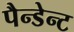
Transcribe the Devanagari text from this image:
पैन्डेन्ट